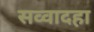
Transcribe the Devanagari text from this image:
सव्वादहा